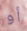
أو